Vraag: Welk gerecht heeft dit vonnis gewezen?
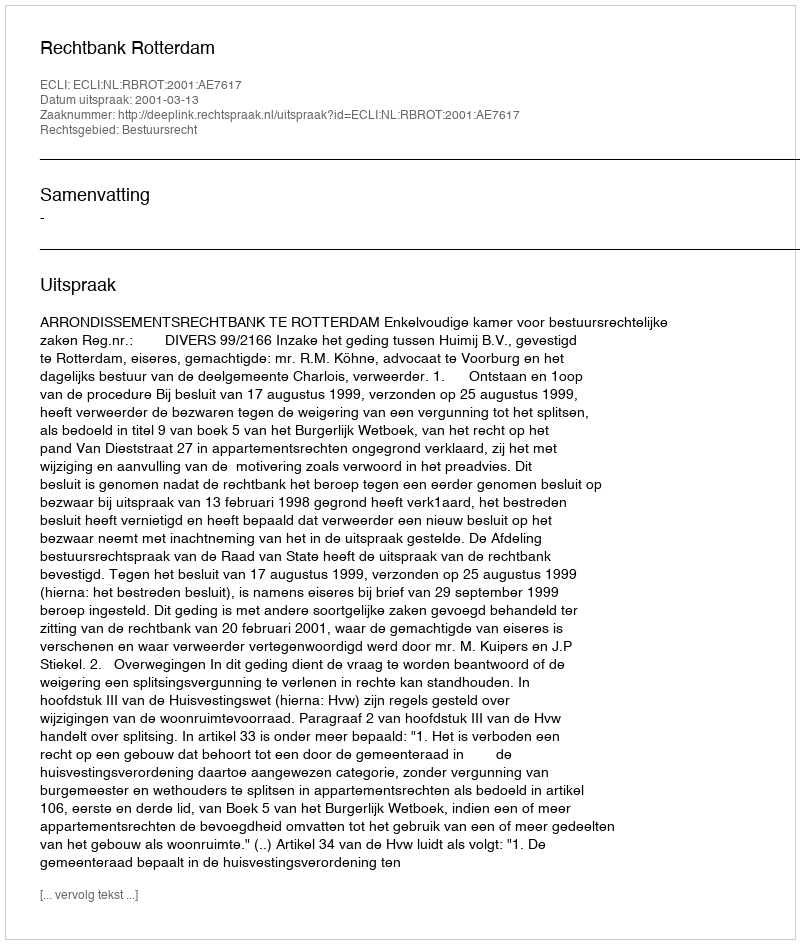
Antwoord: Rechtbank Rotterdam